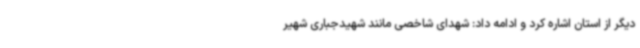
دیگر از استان اشاره کرد و ادامه داد: شهدای شاخصی مانند شهیدجباری شهیر